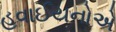
હવાઈયનોએ